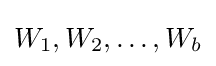
W_{1},W_{2},\dots ,W_{b}